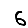
Digit: 6